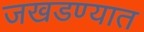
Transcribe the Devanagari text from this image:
जखडण्यात